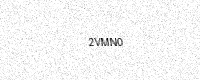
Text: 2VMN0